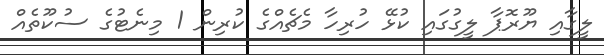
ލީގާއި ޔޫރޮޕާ ލީގުގައި ކުޅޭ ހުރިހާ މެޗެއްގެ ކުރިން 1 މިނެޓުގެ ސުކޫތެއް